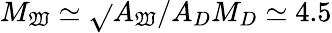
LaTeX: M_{\mathfrak{W}}\simeq\sqrt{}{{A_{\mathfrak{W}}/A_{D}}}M_{D}\simeq4.5